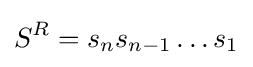
S^{R}=s_{n}s_{n-1}\dots s_{1}